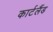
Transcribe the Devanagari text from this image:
कार्टलैंड